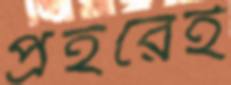
প্রহরেই